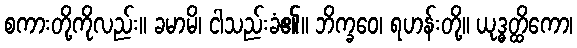
စကားတို့ကိုလည်း။ ခမာမိ၊ ငါသည်းခံ၏။ ဘိက္ခဝေ၊ ရဟန်းတို့။ ယုဒ္ဓတ္ထိကော၊